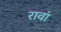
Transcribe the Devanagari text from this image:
रावां